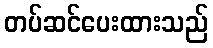
တပ်ဆင်ပေးထားသည်